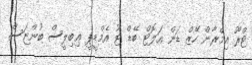
ޓްރޫ އިމްރާން ހޭޒް ޑަން އަލޮޓް ބޭޑް ޓު އެމްޑީޕީ ޢިބިލީސް ބުންޏަސް